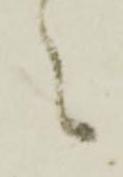
々